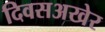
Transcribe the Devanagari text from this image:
दिवसअखेर